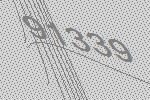
91339